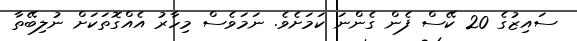
ސައިޒުގެ 20 ކޭސް ފެން ގެންނަ ކަމަށެވެ. ނަމަވެސް މިހާރު އެއްގޮތަކަށް ނުލިބޭތާ